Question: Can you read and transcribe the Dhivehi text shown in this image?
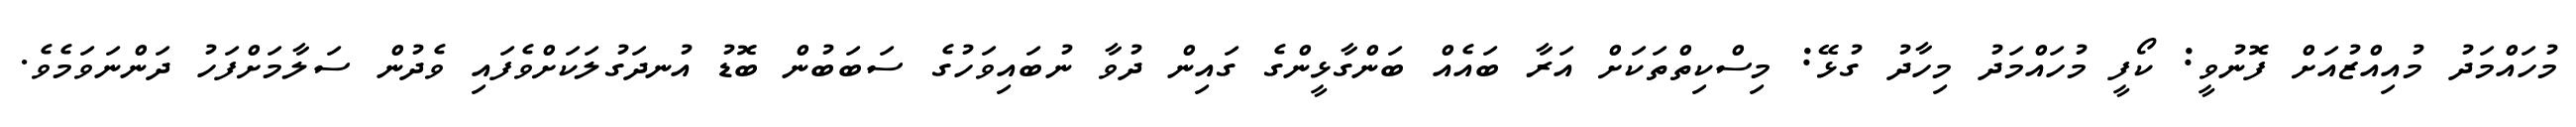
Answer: މުހައްމަދު މުއިއްޒުއަށް ފޮނުވީ: ކޯފީ މުހައްމަދު މިހާދު ގުޅޭ: މިސްކިތްތަކަށް އަރާ ބައެއް ބަންގާޅީންގެ ގައިން ދުވާ ނުބައިވަހުގެ ސަބަބުން ބޮޑު އުނދަގުލަކަށްވެފައި ވެދުން ސަލާމަށްފަހު ދަންނަވަމެވެ.